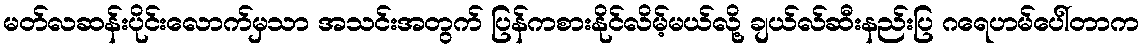
မတ်လဆန်းပိုင်းလောက်မှသာ အသင်းအတွက် ပြန်ကစားနိုင်လိမ့်မယ်လို့ ချယ်လ်ဆီးနည်းပြ ဂရေဟမ်ပေါ်တာက